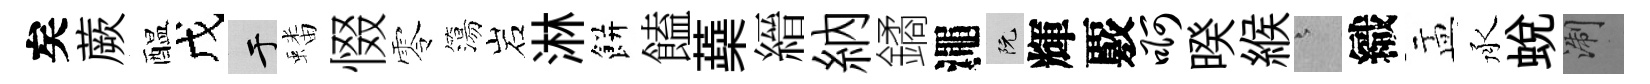
矣蕨醖戊于蟠惙零簜岩淋餅饁蘃縉納鐍澠阮輝覈啊暌緱澹織盂承蜕浙